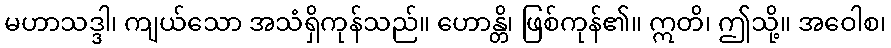
မဟာသဒ္ဒါ၊ ကျယ်သော အသံရှိကုန်သည်။ ဟောန္တိ၊ ဖြစ်ကုန်၏။ ဣတိ၊ ဤသို့။ အဝေါစ၊